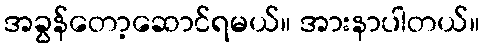
အခွန်တော့ဆောင်ရမယ်။ အားနာပါတယ်။